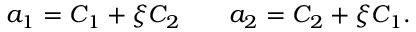
a _ { 1 } = C _ { 1 } + \xi C _ { 2 } \qquad a _ { 2 } = C _ { 2 } + \xi C _ { 1 } .